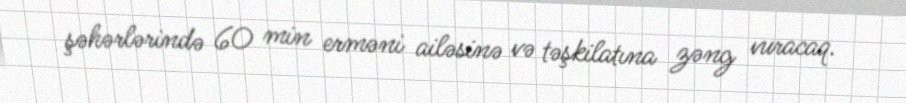
şəhərlərində 60 min erməni ailəsinə və təşkilatına zəng vuracaq.